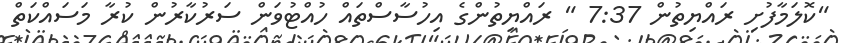
"ކޮލަމާފުށި ރައްޔިތުން 7:37 " ރައްޔިތުންގެ އިހުސާސްތައް ހުއްޓުވަން ސަރުކާރުން ކުރާ މަސައްކަތް